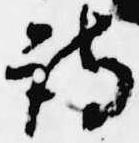
詩